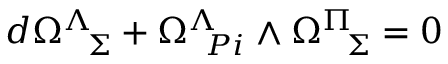
d \Omega _ { \ \ \Sigma } ^ { \Lambda } + \Omega _ { \ \, P i } ^ { \Lambda } \land \Omega _ { \ \ \Sigma } ^ { \Pi } = 0